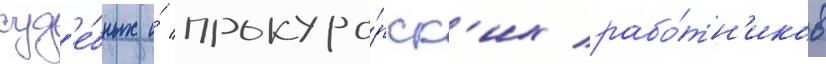
суд'е́бных и́ прокуро́рск'их рабо́тн'иков